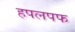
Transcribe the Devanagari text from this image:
हपलपफ